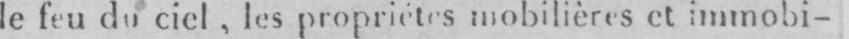
le feu du ciel, les proprietäres mobilières et immobi-